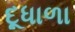
દૂધાળા